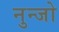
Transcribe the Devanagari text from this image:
नुन्जो